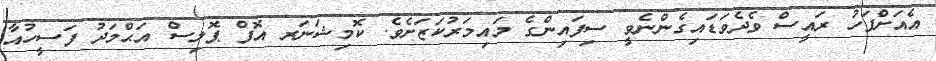
އެއަށްފަހު ރައީސް ވެދެވަޑައިގެންނެވީ ސިފައިންގެ މައިމަރުކަޒަށެވެ. ކޮމިޝަނަރ އޮފް ޕޮލިސް އަޙްމަދު ފަސީހުއާ